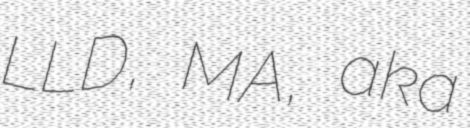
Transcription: LLD, MA, aka